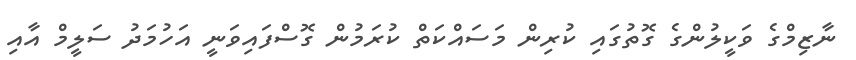
ނާޒިމްގެ ވަކީލުންގެ ގޮތުގައި ކުރިން މަސައްކަތް ކުރަމުން ގޮސްފައިވަނީ އަހުމަދު ސަލީމް އާއި